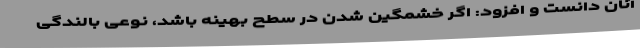
آنان دانست و افزود: اگر خشمگین شدن در سطح بهینه باشد، نوعی بالندگی